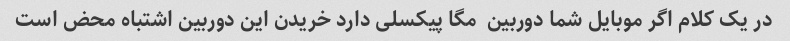
در یک کلام اگر موبایل شما دوربین  مگا پیکسلی دارد خریدن این دوربین اشتباه محض است